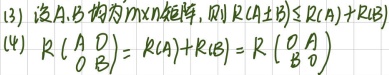
(13) 设\(A,B\)均为\(m\times n\)矩阵，则\(R(A \pm B)\leq R(A)+R(B)\)。
(14) \(R\begin{pmatrix}A & O\\O & B\end{pmatrix}=R(A)+R(B)=R\begin{pmatrix}O & A\\B & O\end{pmatrix}\)